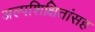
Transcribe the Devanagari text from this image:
अल्पशिक्षितांसह